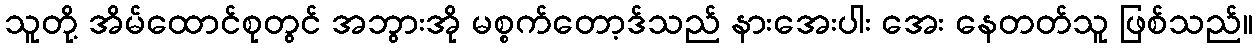
သူတို့ အိမ်ထောင်စုတွင် အဘွားအို မစ္စက်တော့ဒ်သည် နားအေးပါး အေး နေတတ်သူ ဖြစ်သည်။